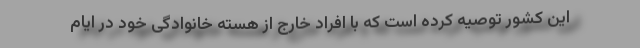
این کشور توصیه کرده است که با افراد خارج از هسته خانوادگی خود در ایام